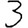
Digit: 3